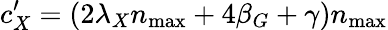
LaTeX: c_{X}^{\prime}=(2\lambda_{X}n_{\operatorname*{max}}+4\beta_{G}+\gamma)n_{\operatorname*{max}}